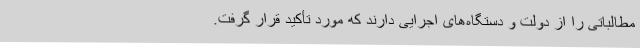
مطالباتی را از دولت و دستگاه‌های اجرایی دارند که مورد تأکید قرار گرفت.